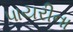
પાયરીના